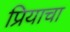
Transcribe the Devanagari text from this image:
प्रियाचा